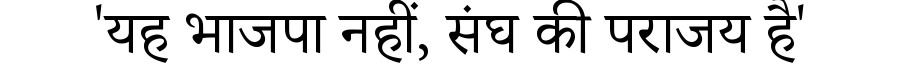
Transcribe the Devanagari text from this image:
'यह भाजपा नहीं, संघ की पराजय है'